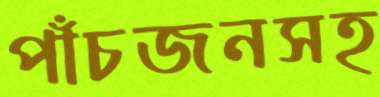
পাঁচজনসহ